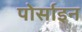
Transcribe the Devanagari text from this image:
पोर्साइन